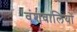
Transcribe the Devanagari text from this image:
वंशवालियों